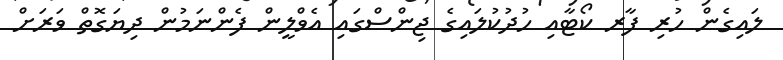
ލައިގެން ހުރި ފާރ ކޯޓާއި ހުދުކުލައިގެ ޖިންސްގައި އެވްލީން ފެންނަމުން ދިޔަގޮތް ވަރަށް